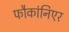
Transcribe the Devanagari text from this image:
फौकांनिएर